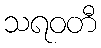
သရဝတီ